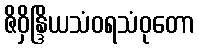
ဇိဝှိန္ဒြိယသံဝရသံဝုတော